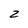
Character: z